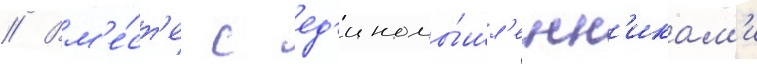
// Вм'е́ст'е с ед'иномы́шл'енн'икам'и